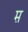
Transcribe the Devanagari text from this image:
म़